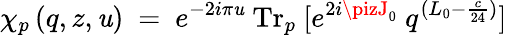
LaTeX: \chi_{p}\left(q,z,\mathit{u}\right)~=~e^{-2i\pi\mathit{u}}\ \mathrm{{Tr}}_{p}\ [e^{2i\pizJ_{0}}\ q^{(L_{0}-{\frac{{c}}{{24}}})}]